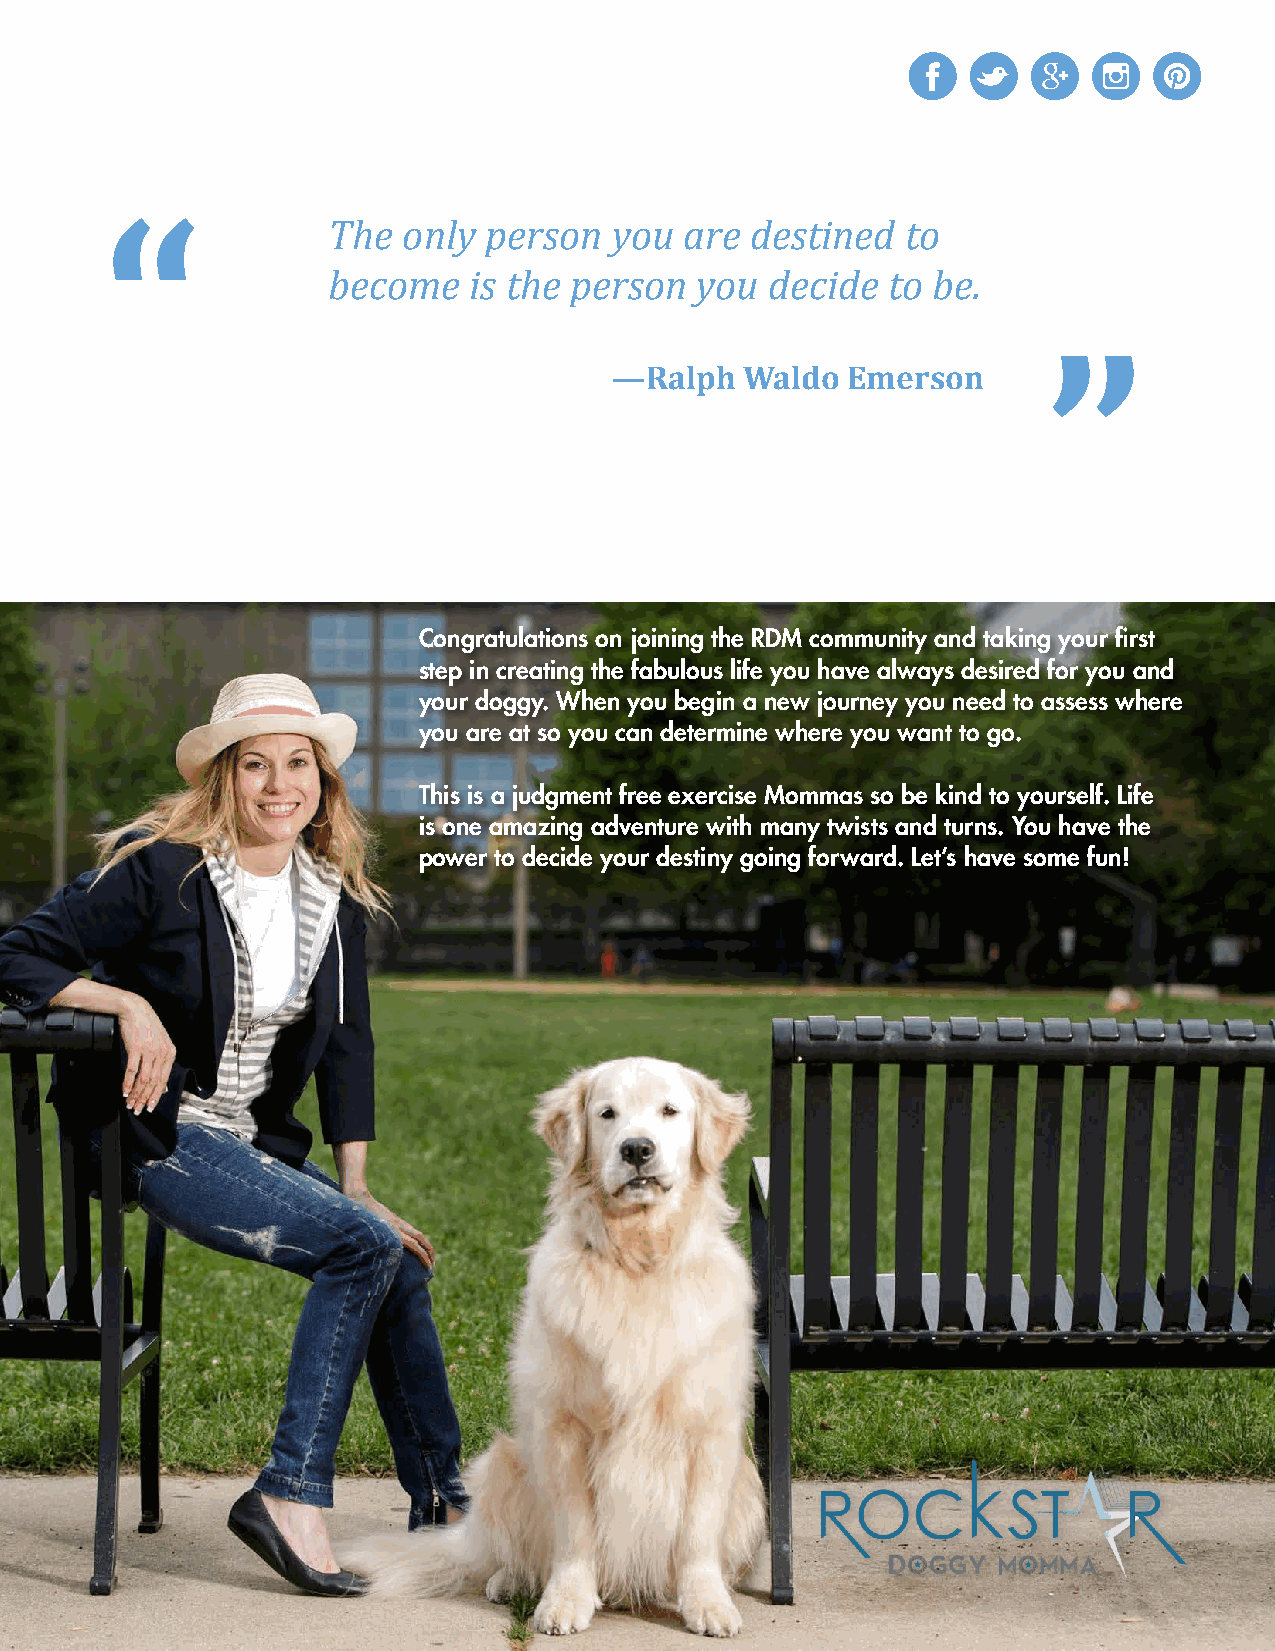
“
 “
 The  only person   you are  destined  to
 become   is the person  you  decide  to be.
 —Ralph  Waldo  Emerson
 Congratulations on joining the RDM community and taking your first
 step in creating the fabulous life you have always desired for you and
 your doggy. When you begin a new journey you need to assess where
 you are at so you can determine where you want to go.
 This is a judgment free exercise Mommas so be kind to yourself. Life
 is one amazing adventure with many twists and turns. You have the
 power to decide your destiny going forward. Let’s have some fun!
 1